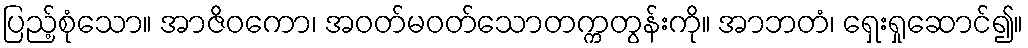
ပြည့်စုံသော။ အာဇိဝကော၊ အဝတ်မဝတ်သောတက္ကတွန်းကို။ အာဘတံ၊ ရှေးရှုဆောင်၍။